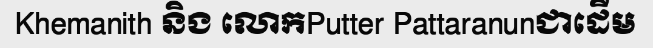
Khemanith និង លោកPutter Pattaranunជាដើម